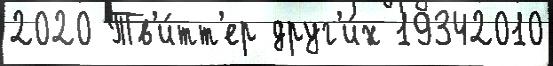
2020 Тв'и́тт'ер друг'и́х 19342010